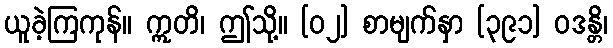
ယူခဲ့ကြကုန်။ ဣတိ၊ ဤသို့။ [၀၂] စာမျက်နှာ [၃၉၁] ဝဒန္တိ၊